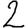
Digit: 2